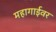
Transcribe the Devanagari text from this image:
महागाईवर